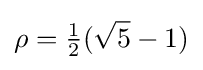
\rho ={\tfrac {1}{2}}({\sqrt {5}}-1)